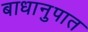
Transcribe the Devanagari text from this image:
बाधानुपात